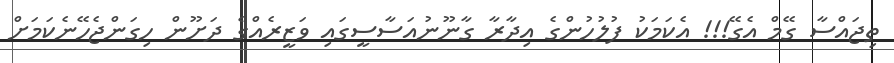
ތިޖައްސާ ގޭމް އެގޭ!!! އެކަމަކު ފުލުހުންގެ އިދާރާ ގާނޫނުއަސާސީގައި ވަޒީރެއްގެ ދަށޫން ހިގަންޖެހޭނެކަމަށް